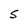
Character: 5